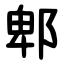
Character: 郫